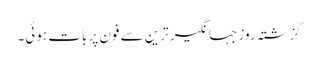
گزشتہ روز جہانگیر ترین سے فون پر بات ہوئی۔